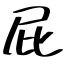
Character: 屁